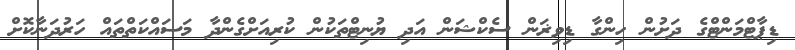
ޑިޕާޓްމަންޓްގެ ދަށުން ހިންގާ ޑިވިޜަން ސެކްޝަން އަދި ޔުނިޓްތަކުން ކުރިއަށްގެންދާ މަސައްކަތްތައް ހަރުދަނާކޮށް